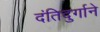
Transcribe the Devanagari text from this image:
दंतिदुर्गाने